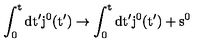
\mathrm { \int _ 0 ^ t d t ' j ^ 0 ( t ' ) \to \int _ 0 ^ t d t ' j ^ 0 ( t ' ) + s ^ 0 }